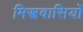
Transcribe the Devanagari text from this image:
मिस्त्रवासियों